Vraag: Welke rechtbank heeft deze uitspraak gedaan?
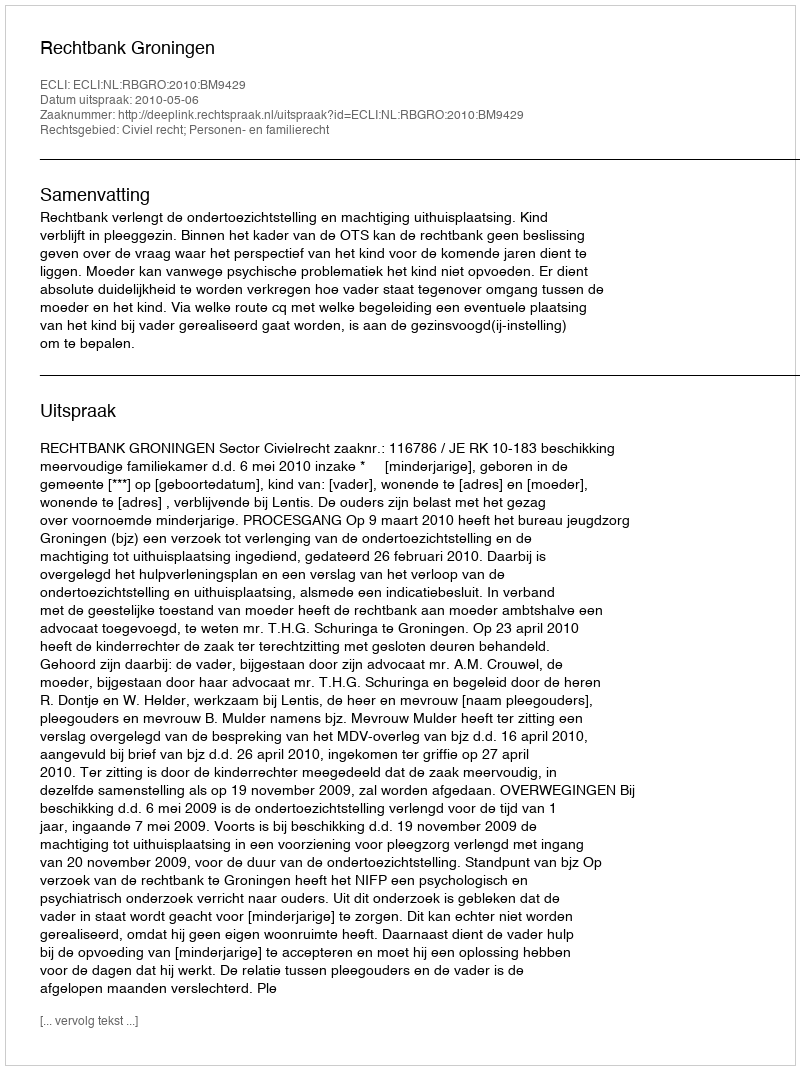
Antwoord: Rechtbank Groningen